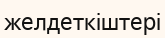
желдеткіштері